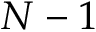
N - 1